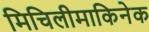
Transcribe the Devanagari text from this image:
मिचिलीमाकिनेक